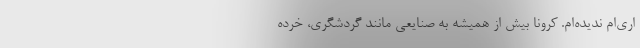
اری‌ام ندیده‌ام. کرونا بیش از همیشه به صنایعی مانند گردشگری، خرده